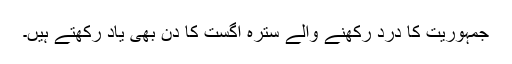
جمہوریت کا درد رکھنے والے سترہ اگست کا دن بھی یاد رکھتے ہیں۔